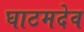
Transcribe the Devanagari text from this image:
घाटमदेव